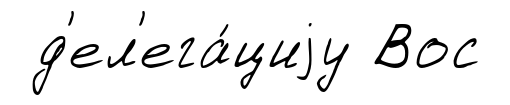
д'ел'ега́циjу Вос